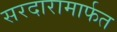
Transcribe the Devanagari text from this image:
सरदारामार्फत